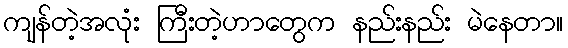
ကျန်တဲ့အလုံး ကြီးတဲ့ဟာတွေက နည်းနည်း မဲနေတာ။